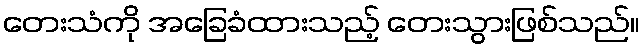
တေးသံကို အခြေခံထားသည့် တေးသွားဖြစ်သည်။